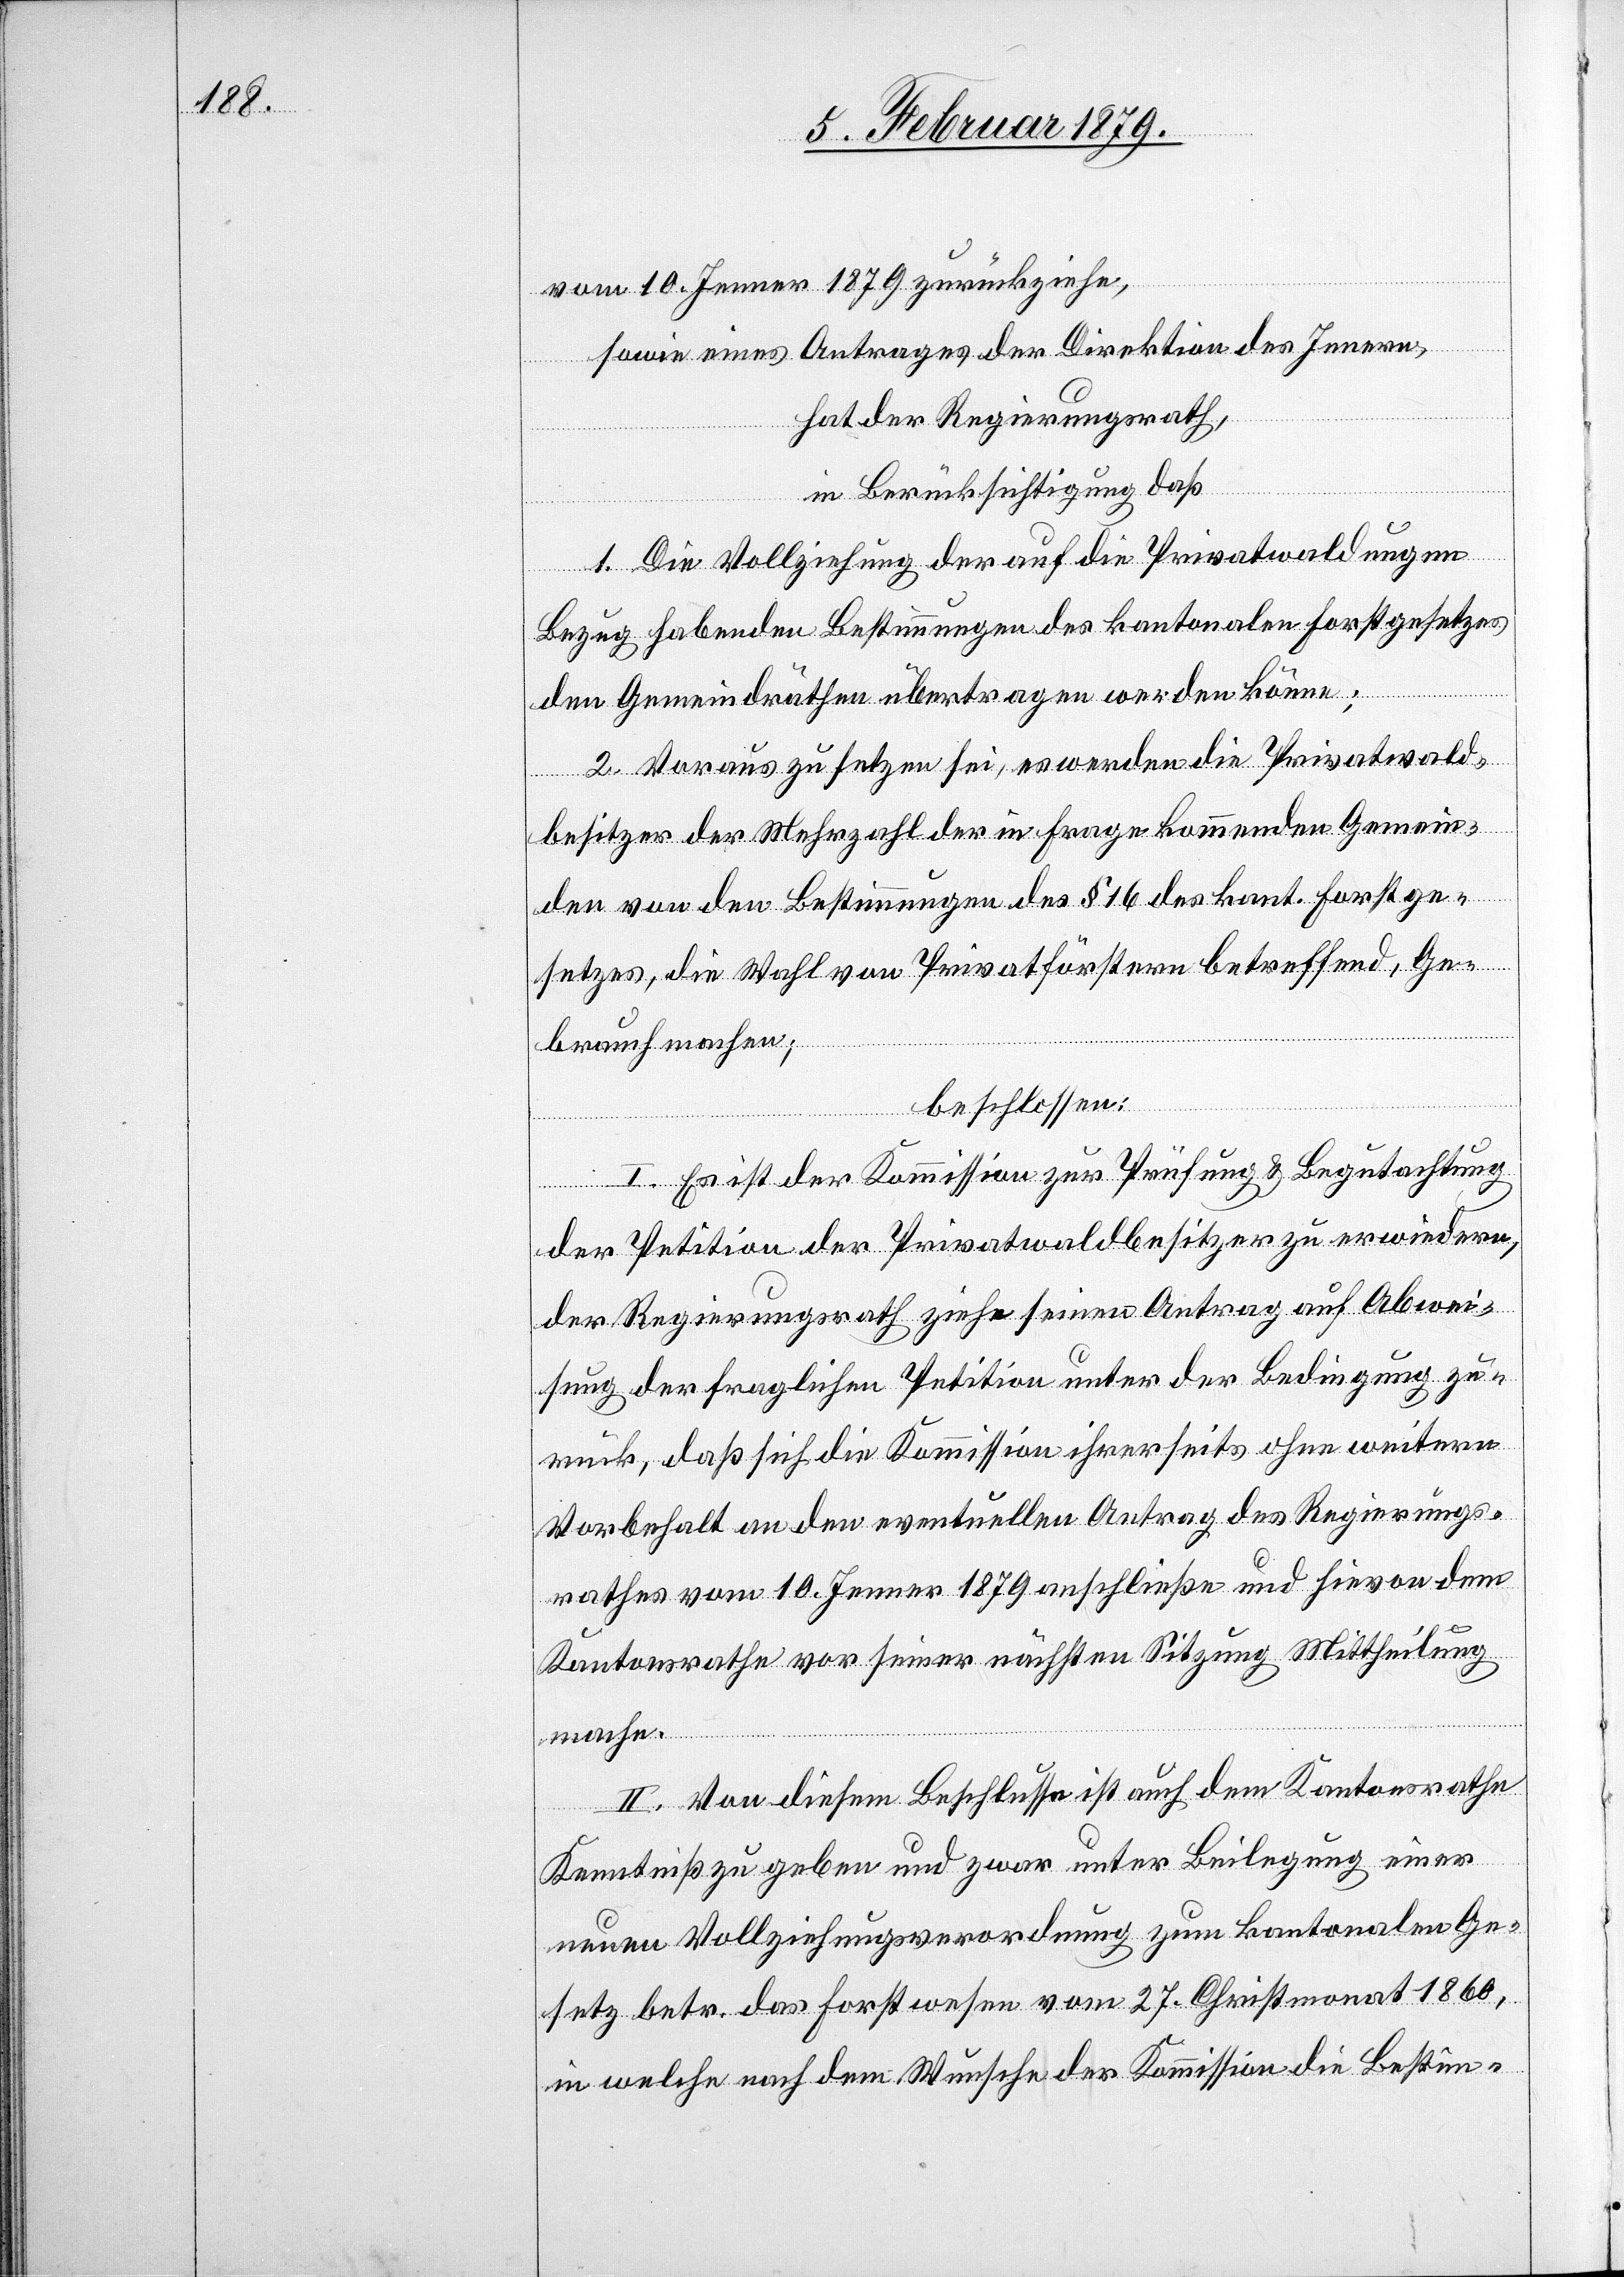
vom 10. Jenner 1879 zurückziehe,
sowie eines Antrages der Direktion des Innern,
hat der Regierungsrath,
in Berücksichtigung daß,
1. Die Vollziehung der auf die Privatwaldungen
Bezug habenden Bestimmungen des kantonalen Forstgesetzes
den Gemeindräthen übertragen werden könne;
2. Vorauszusetzen sei, es werden die Privatwald¬
besitzer der Mehrzahl der in Frage kommenden Gemein¬
den von den Bestimmungen des § 16 des kant. Forstge¬
setzes, die Wahl von Privatförstern betreffend, Ge¬
brauch machen;
beschlossen:
I. Es ist der Kommission zur Prüfung & Begutachtung
der Petition der Privatwaldbesitzer zu erwiedern,
der Regierungsrath ziehe seinen Antrag auf Abwei¬
sung der fraglichen Petition unter der Bedingung zu¬
rück, daß sich die Kommission ihrerseits ohne weitern
Vorbehalt an den eventuellen Antrag des Regierungs¬
rathes vom 10. Jenner 1879 anschließe und hievon dem
Kantonsrathe vor seiner nächsten Sitzung Mittheilung
mache.
II. Von diesem Beschlusse ist auch dem Kantonsrathe
Kenntniß zu geben und zwar unter Beilegung einer
neuen Vollziehungsverordnung zum kantonalen Ge¬
setz betr. das Forstwesen vom 27. Christmonat 1860,
in welche nach dem Wunsche der Kommission die Bestim-